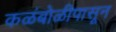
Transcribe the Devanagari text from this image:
कळंबोळीपासून